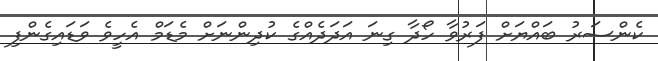
ކެންސަރު ބައްޔަށް ފަރުވާ ހޯދާ ގިނަ އަދަދެއްގެ ކުދިންނަށް މެޑަމް އެހީވެ ވަޑައިގެންފި